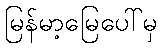
မြန်မာ့မြေပေါ်မှ